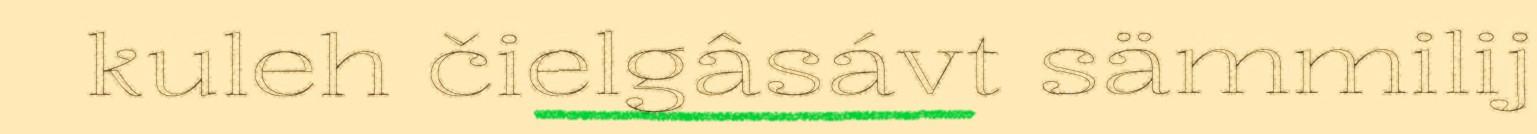
kuleh čielgâsávt sämmilij